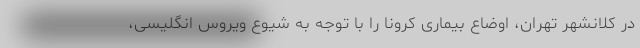
در کلانشهر تهران، اوضاع بیماری کرونا را با توجه به شیوع ویروس انگلیسی،